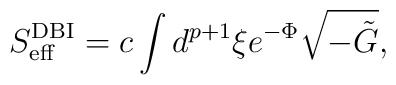
S_{\rm eff}^{\rm DBI}=c\int d^{p+1}\xi e^{-\Phi}\sqrt{-\tilde{G}},